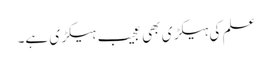
علم کی ہیکڑی بھی عجیب ہیکڑی ہے۔